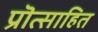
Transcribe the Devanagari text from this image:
प्रॊत्साहित